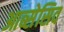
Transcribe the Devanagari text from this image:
आब्सेसिव